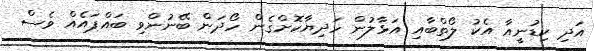
އަދި ކިޑުނީއާ އެކު ލޯތްބާއި އަޅާލުން ހަދިޔާކޮށްގެން ހޯދަން ބޭނުންވި ބައްޕައެއް ވެސް